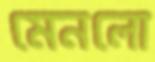
মেনলো